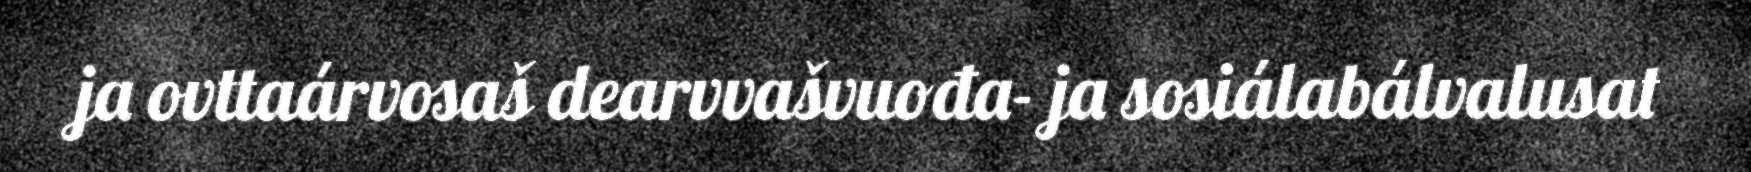
ja ovttaárvosaš dearvvašvuođa- ja sosiálabálvalusat